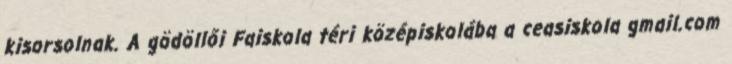
kisorsolnak. A gödöllői Faiskola téri középiskolába a ceasiskola gmail.com